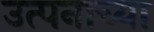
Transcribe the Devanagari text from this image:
उत्पनाच्या